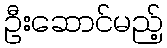
ဦးဆောင်မည့်